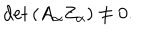
LaTeX: \det \left( A _ { \alpha } Z _ { \alpha } \right) \neq 0 .